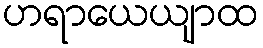
ဟရာယေယျာထ